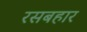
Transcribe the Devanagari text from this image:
रसबहार